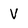
Character: v